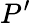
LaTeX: P^{\prime}